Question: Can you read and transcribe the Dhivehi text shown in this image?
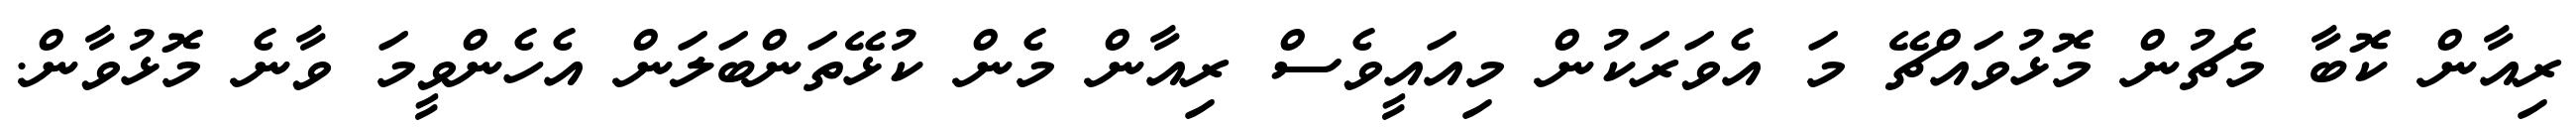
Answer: ރިއާން ކޮބާ މެޗުން މޮޅުވައްޗޭ މަ އެވަރަކުން މިއައީވެސް ރިއާން މެން ކުޅޭތަންބަލަން އެހެންވީމަ ވާނެ މޮޅުވާން.